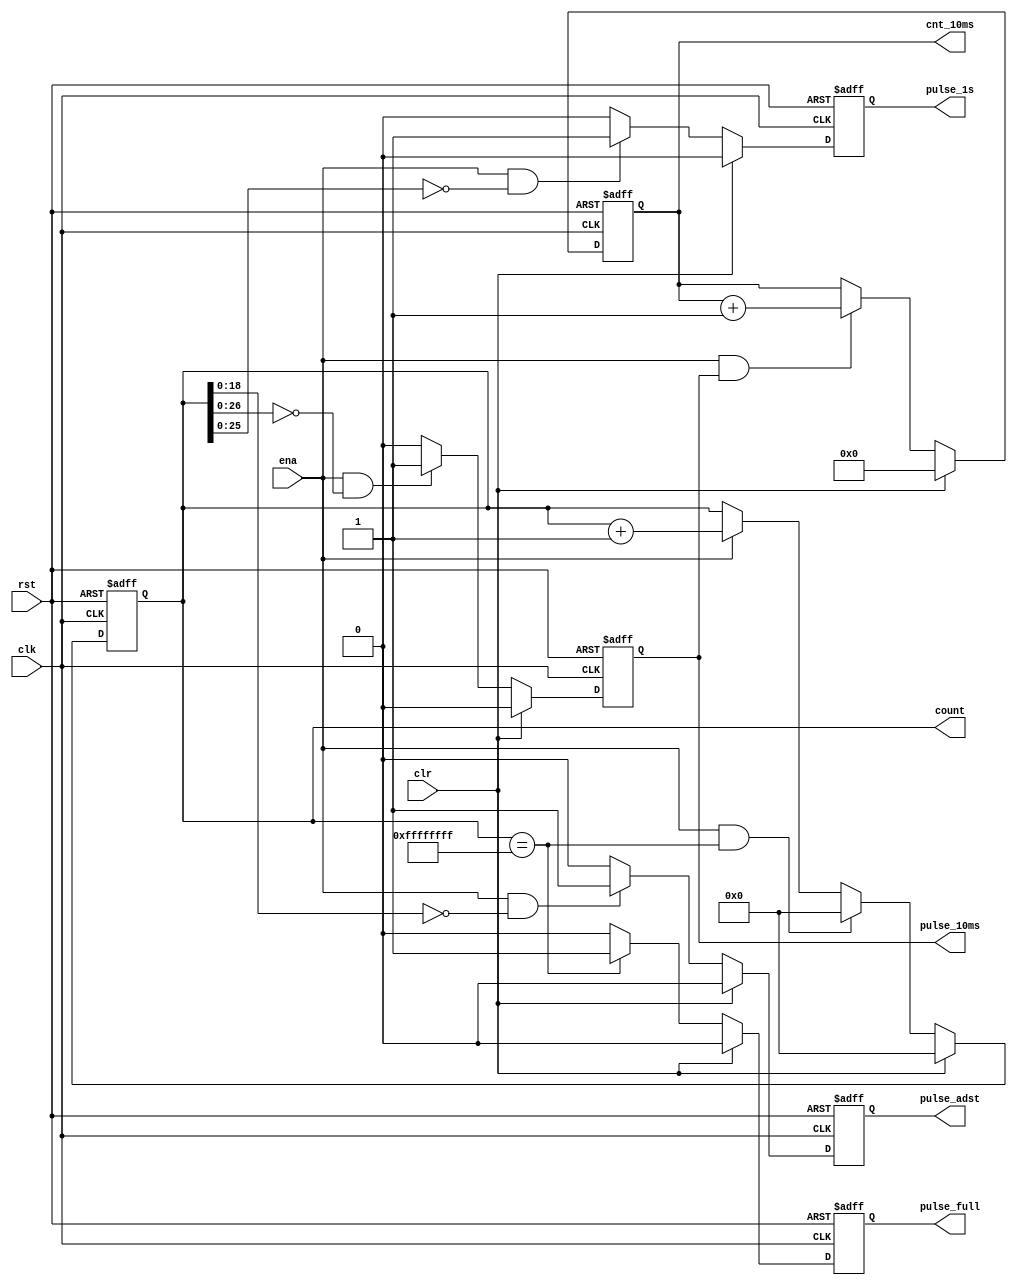
//--------------------------------------------------------------------------------------------------
//
// Title		: timer32
// Design		: sig_acq
// Company		: xkf
// Description	: 32bit timer, with working clock 110.592MHz
//
//-------------------------------------------------------------------------------------------------


module timer32(
	clk,
	rst,

	clr,
	ena,
	
	count,
	pulse_full,
	pulse_10ms,
	cnt_10ms,
	pulse_1s,
	pulse_adst
	);

//parameter COUNT_10MS = 32'd1105919;
parameter COUNT_10MS = 19;
	
input clk;
input rst;
input ena;

input clr;

output reg [31:0] count;
output reg pulse_full;
output reg pulse_10ms;
output reg [15:0] cnt_10ms;
output reg pulse_1s;
output reg pulse_adst;


always @(posedge clk or negedge rst)
	if (!rst)
		count <= 32'd0;
	else if (clr)
		count <= 32'd0;
	else if (ena && count==32'hFFFFFFFF)
		count <= 32'd0;
	else if (ena)
		count <= count + 1'd1;

always @(posedge clk or negedge rst)
	if (!rst)
		pulse_full <= 1'b0;
	else if (clr)
		pulse_full <= 1'b0;
	else if (count==32'hFFFFFFFF)
		pulse_full <= 1'b1;
	else
		pulse_full <= 1'b0;
		
always @(posedge clk or negedge rst)
	if (!rst)
		pulse_10ms <= 1'b0;
	else if (clr)
		pulse_10ms <= 1'b0;
	//else if (ena && count[20:0]==20'd0)	//10ms
	else if (ena && count[26:0]==32'd0)	//10us, for test
		pulse_10ms <= 1'b1;
	else
		pulse_10ms <= 1'b0;
		
always @(posedge clk or negedge rst)
	if (!rst)
		cnt_10ms <= 1'b0;
	else if (clr)
		cnt_10ms <= 1'b0;
	else if (ena && pulse_10ms)	//10us, for test
		cnt_10ms <= cnt_10ms + 1'd1;

always @(posedge clk or negedge rst)
	if (!rst)
		pulse_1s <= 1'b0;
	else if (clr)
		pulse_1s <= 1'b0;
	else if (ena && count[25:0]==32'd0)
	//else if (ena && count[16:0]==32'd0)	//1ms, for test
		pulse_1s <= 1'b1;
	else
		pulse_1s <= 1'b0;
		
always @(posedge clk or negedge rst)
	if (!rst)
		pulse_adst <= 1'b0;
	else if (clr)
		pulse_adst <= 1'b0;
	else if (ena && count[18:0]==32'd0)	//10us, for test
		pulse_adst <= 1'b1;
	else
		pulse_adst <= 1'b0;


endmodule